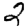
Digit: 2